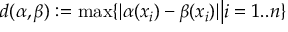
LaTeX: d ( \alpha , \beta ) : = \operatorname* { m a x } \{ | \alpha ( x _ { i } ) - \beta ( x _ { i } ) | { \bigl \vert } i = 1 . . n \}